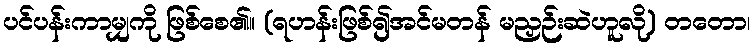
ပင်ပန်းကာမျှကို ဖြစ်စေ၏။ (ရဟန်းဖြစ်၍အင်မတန် မညှဉ်းဆဲဟူလို) တတော၊